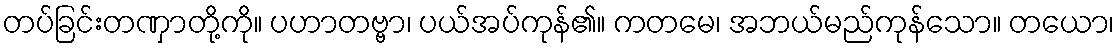
တပ်ခြင်းတဏှာတို့ကို။ ပဟာတဗ္ဗာ၊ ပယ်အပ်ကုန်၏။ ကတမေ၊ အဘယ်မည်ကုန်သော။ တယော၊